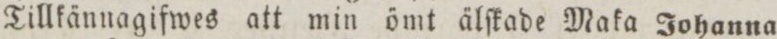
Tillkännagifwes att min ömt älſkade Maka Johanna